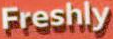
Freshly